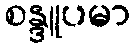
စန္ဒူပမာ